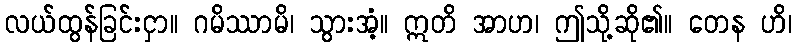
လယ်ထွန်ခြင်းငှာ။ ဂမိဿာမိ၊ သွားအံ့။ ဣတိ အာဟ၊ ဤသို့ဆို၏။ တေန ဟိ၊